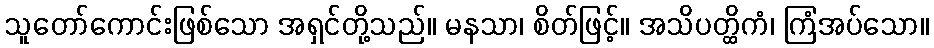
သူတော်ကောင်းဖြစ်သော အရှင်တို့သည်။ မနသာ၊ စိတ်ဖြင့်။ အသိပတ္ထိကံ၊ ကြံအပ်သော။